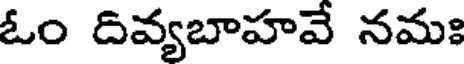
ఓం దివ్యబాహవే నమః